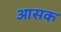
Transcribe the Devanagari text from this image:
आसक